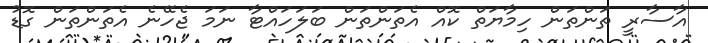
އާސާރީ ތަންތަން ހިމާޔަތް ކޮއް އެތަންތަން ބަލަހައްޓާ ނަމަ ޖެހޭނެ އެތަންތަން ގޮޑު